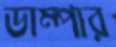
ডাম্পার